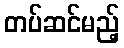
တပ်ဆင်မည့်